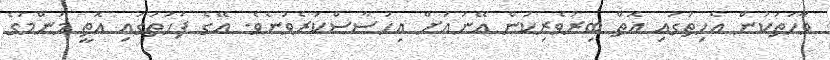
ވާހަތަކުން އެހިތުގައި އޮތް ބިރުވެރިކަން އޭނައަށް އިހުސާސްކުރެވުނެވެ. އޭގެ ފަހަތުގައި އޮތީ މަންމަގެ